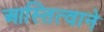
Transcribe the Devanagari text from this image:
आस्तित्वाने